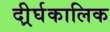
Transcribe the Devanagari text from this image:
दीर्र्घकालिक